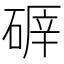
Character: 𥔈